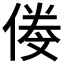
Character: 𠌍